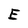
Character: E